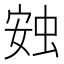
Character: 𧊹